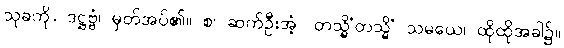
သုခကို။ ဒဋ္ဌဗ္ဗံ၊ မှတ်အပ်၏။ စ၊ ဆက်ဦးအံ့။ တသ္မိံတသ္မိံ သမယေ၊ ထိုထိုအခါ၌။